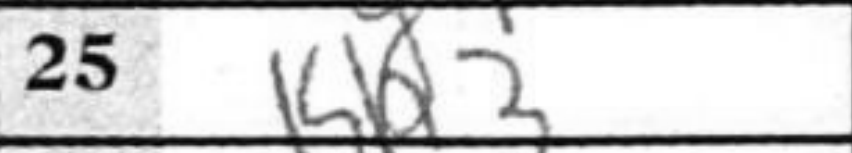
Transcription: Kh3